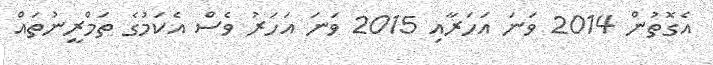
އެގޮތުން 2014 ވަނަ އަހަރާއި 2015 ވަނަ އަހަރު ވެސް އެކަމުގެ ތަމްރީނުތައް